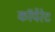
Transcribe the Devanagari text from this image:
काॅर्पेरेट